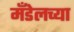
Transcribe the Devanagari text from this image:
मँडेलच्या